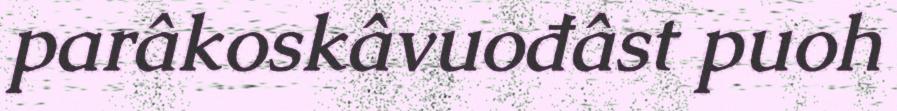
parâkoskâvuođâst puoh